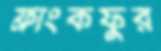
ফ্রাংকফুর